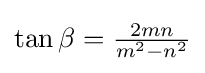
\tan {\beta }={\tfrac {2mn}{m^{2}-n^{2}}}